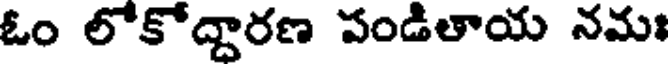
ఓం లోకోద్దారణ పండితాయ నమః